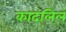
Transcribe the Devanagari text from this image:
कादलिल